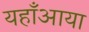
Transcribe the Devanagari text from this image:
यहाँआया